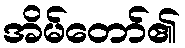
အိမ်တော်၏